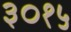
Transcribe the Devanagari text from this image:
३०१५